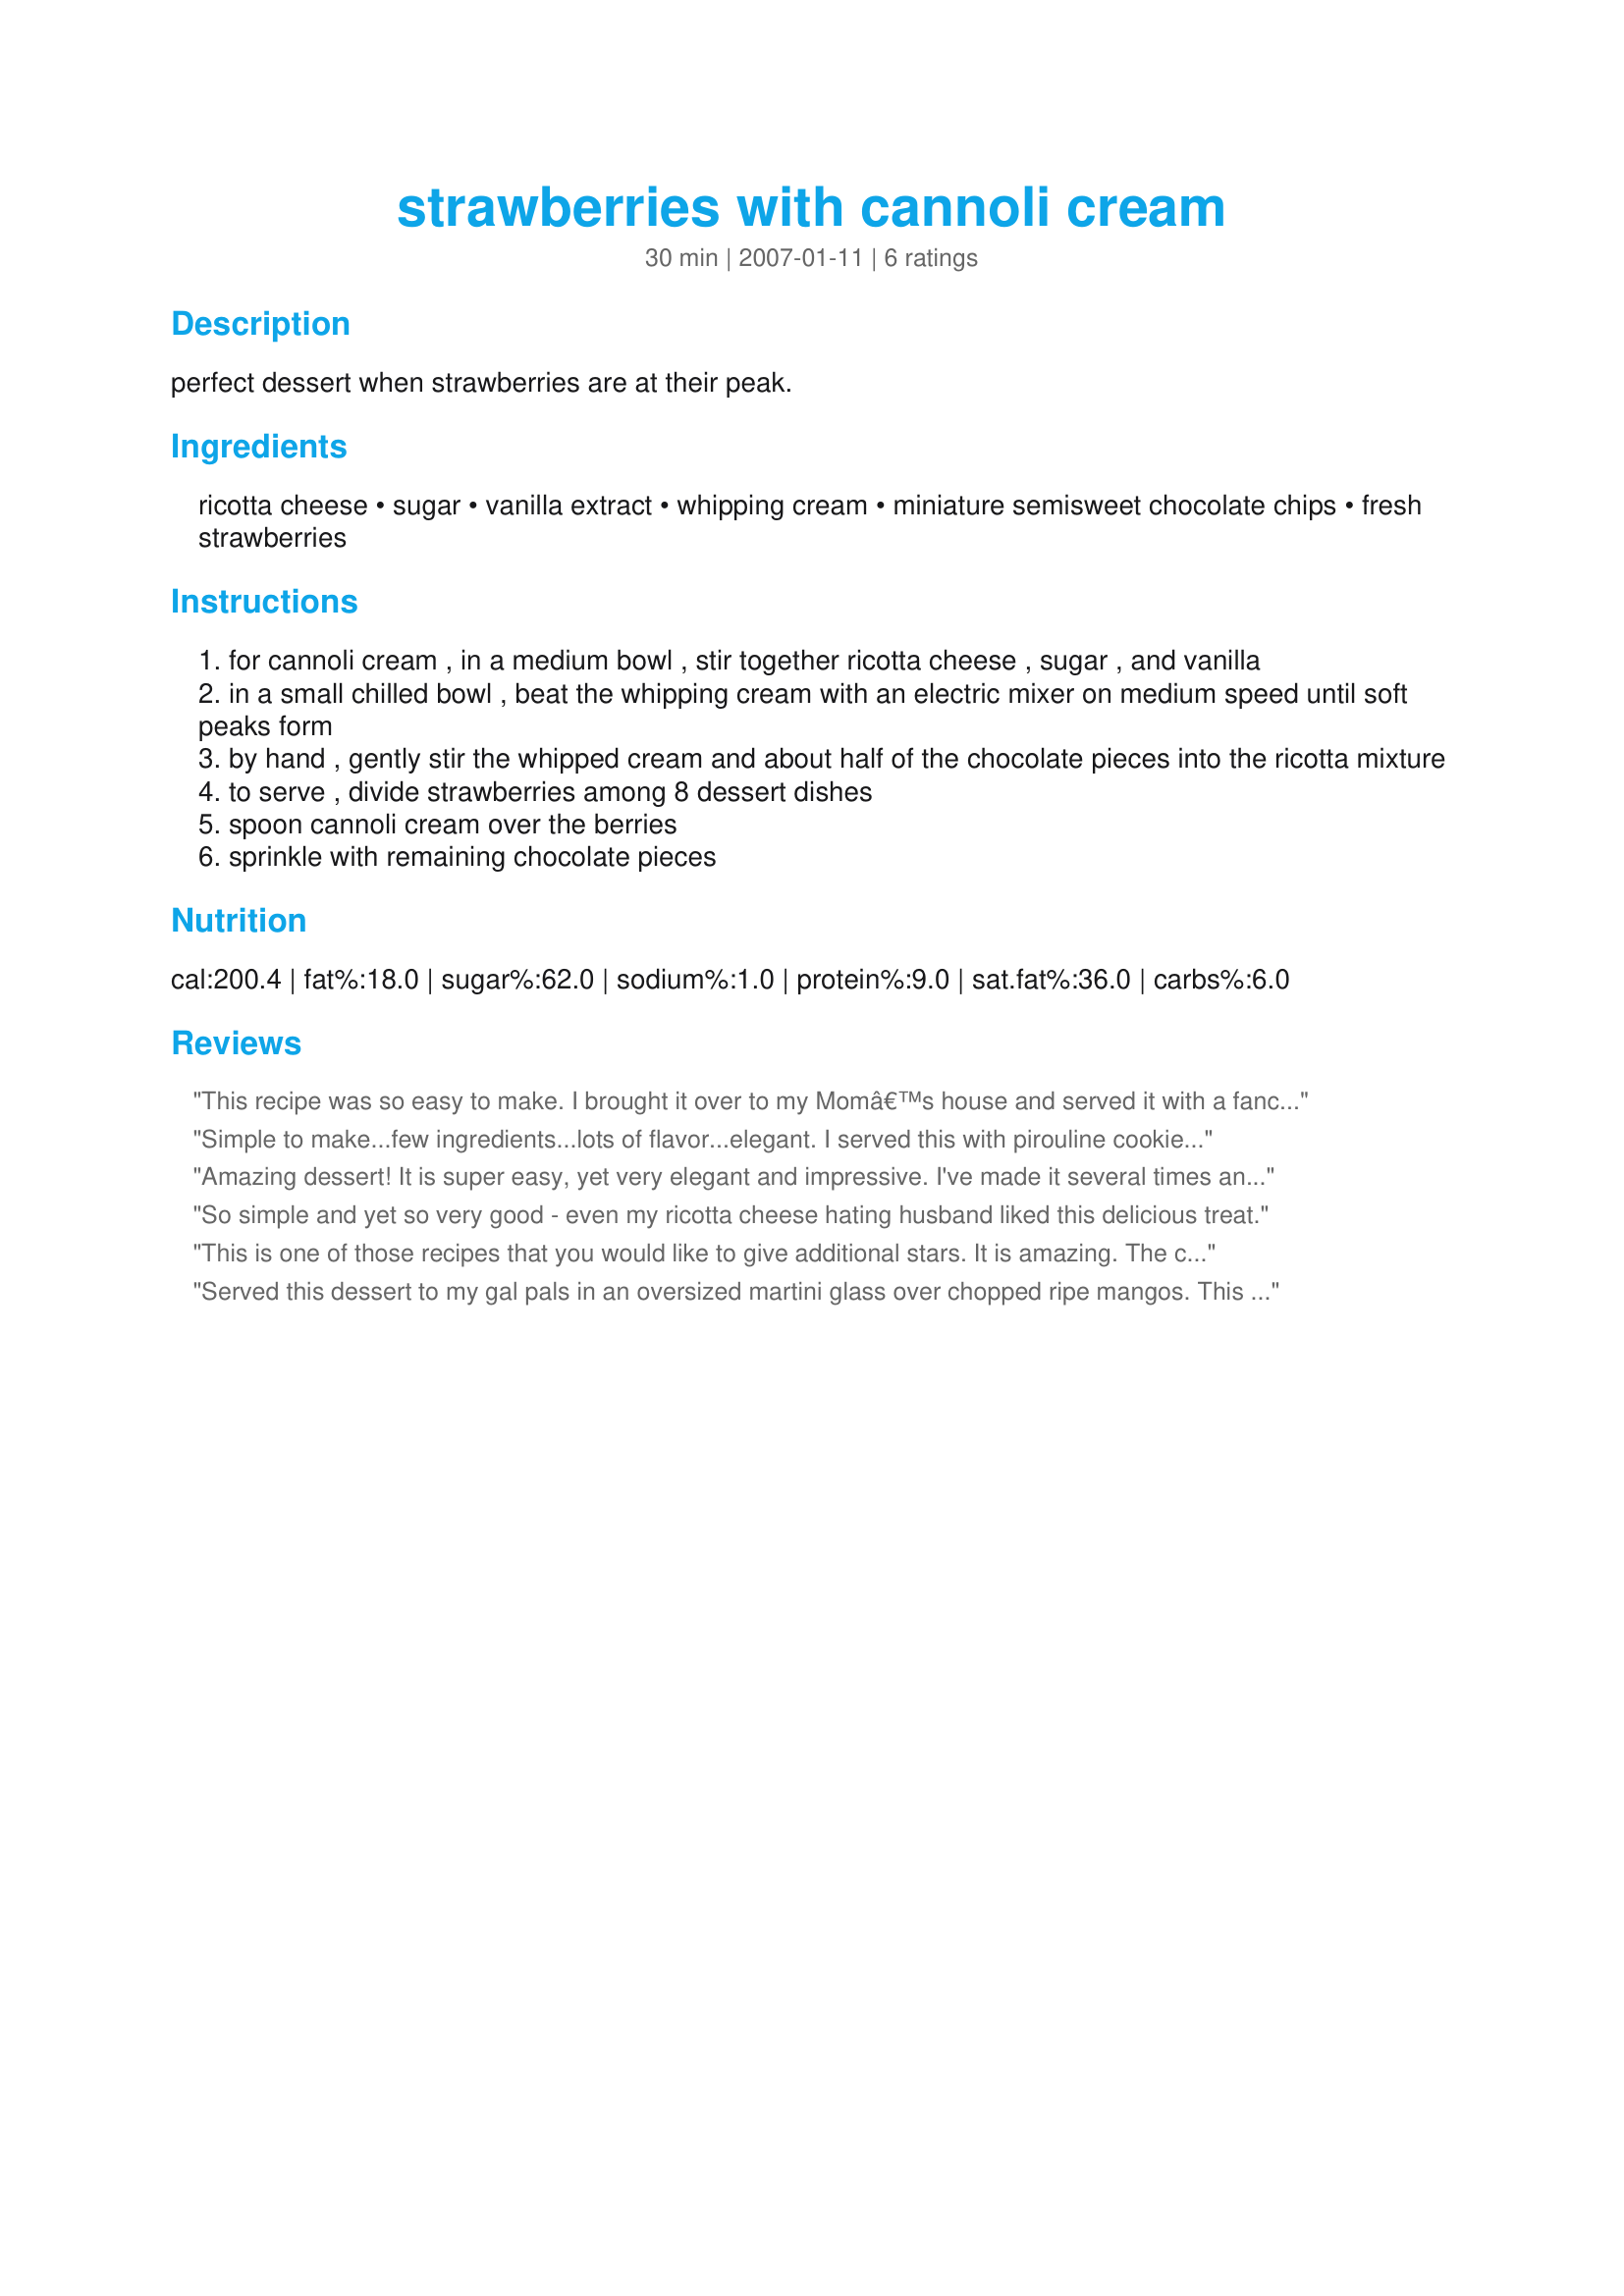
strawberries with cannoli cream
Preparation time: 30 minutes

perfect dessert when strawberries are at their peak.

Ingredients:
ricotta cheese, sugar, vanilla extract, whipping cream, miniature semisweet chocolate chips, fresh strawberries

Steps:
for cannoli cream , in a medium bowl , stir together ricotta cheese , sugar , and vanilla
in a small chilled bowl , beat the whipping cream with an electric mixer on medium speed until soft peaks form
by hand , gently stir the whipped cream and about half of the chocolate pieces into the ricotta mixture
to serve , divide strawberries among 8 dessert dishes
spoon cannoli cream over the berries
sprinkle with remaining chocolate pieces

Reviews:
This recipe was so easy to make. I brought it over to my Momâ€™s house and served it with a fancy waffle butter cookie on each plate. Everyone raved. A perfect ending to a wonderful night with the ones you love.
Simple to make...few ingredients...lots of flavor...elegant. I served this with pirouline cookies for added crunch. I served it to my parents who don't care for heavy or overly rich desserts. It was a hit because, while it's not low fat, the texture is light.
Amazing dessert! It is super easy, yet very elegant and impressive. I've made it several times and my family and guests have all loved it. I like to serve it with mixed berries, and have even used thawed frozen mixed berries in a pinch.
So simple and yet so very good - even my ricotta cheese hating husband liked this delicious treat.
This is one of those recipes that you would like to give additional stars. It is amazing. The cream was prepared in the morning, refrigerated and served at dinner time. This makes a wonderful presentation when spooned over the fresh strawberries and served in martini glasses. I served Pirouette wafers on the side. Definately a wonderful, easy and impressive dessert.
Served this dessert to my gal pals in an oversized martini glass over chopped ripe mangos. This is the most delightful and elegant dish. I, too, wish I could give it more stars
